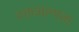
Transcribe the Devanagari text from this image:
रक्तअल्पता